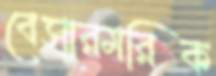
বেসারমরিক